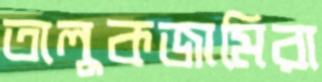
তালুকজামিরা